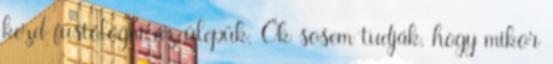
kezd füstölögni az ülepük. Ők sosem tudják, hogy mikor